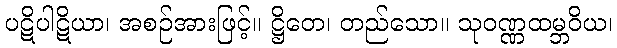
ပဋိပါဋိယာ၊ အစဉ်အားဖြင့်။ ဋ္ဌိတေ၊ တည်သော။ သုဝဏ္ဏထမ္ဘဝိယ၊